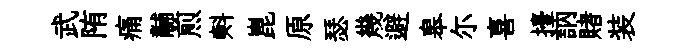
武陏痛黼煎㪺崑原瑟幾避皋尓喜擡訥賭装